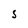
Character: S